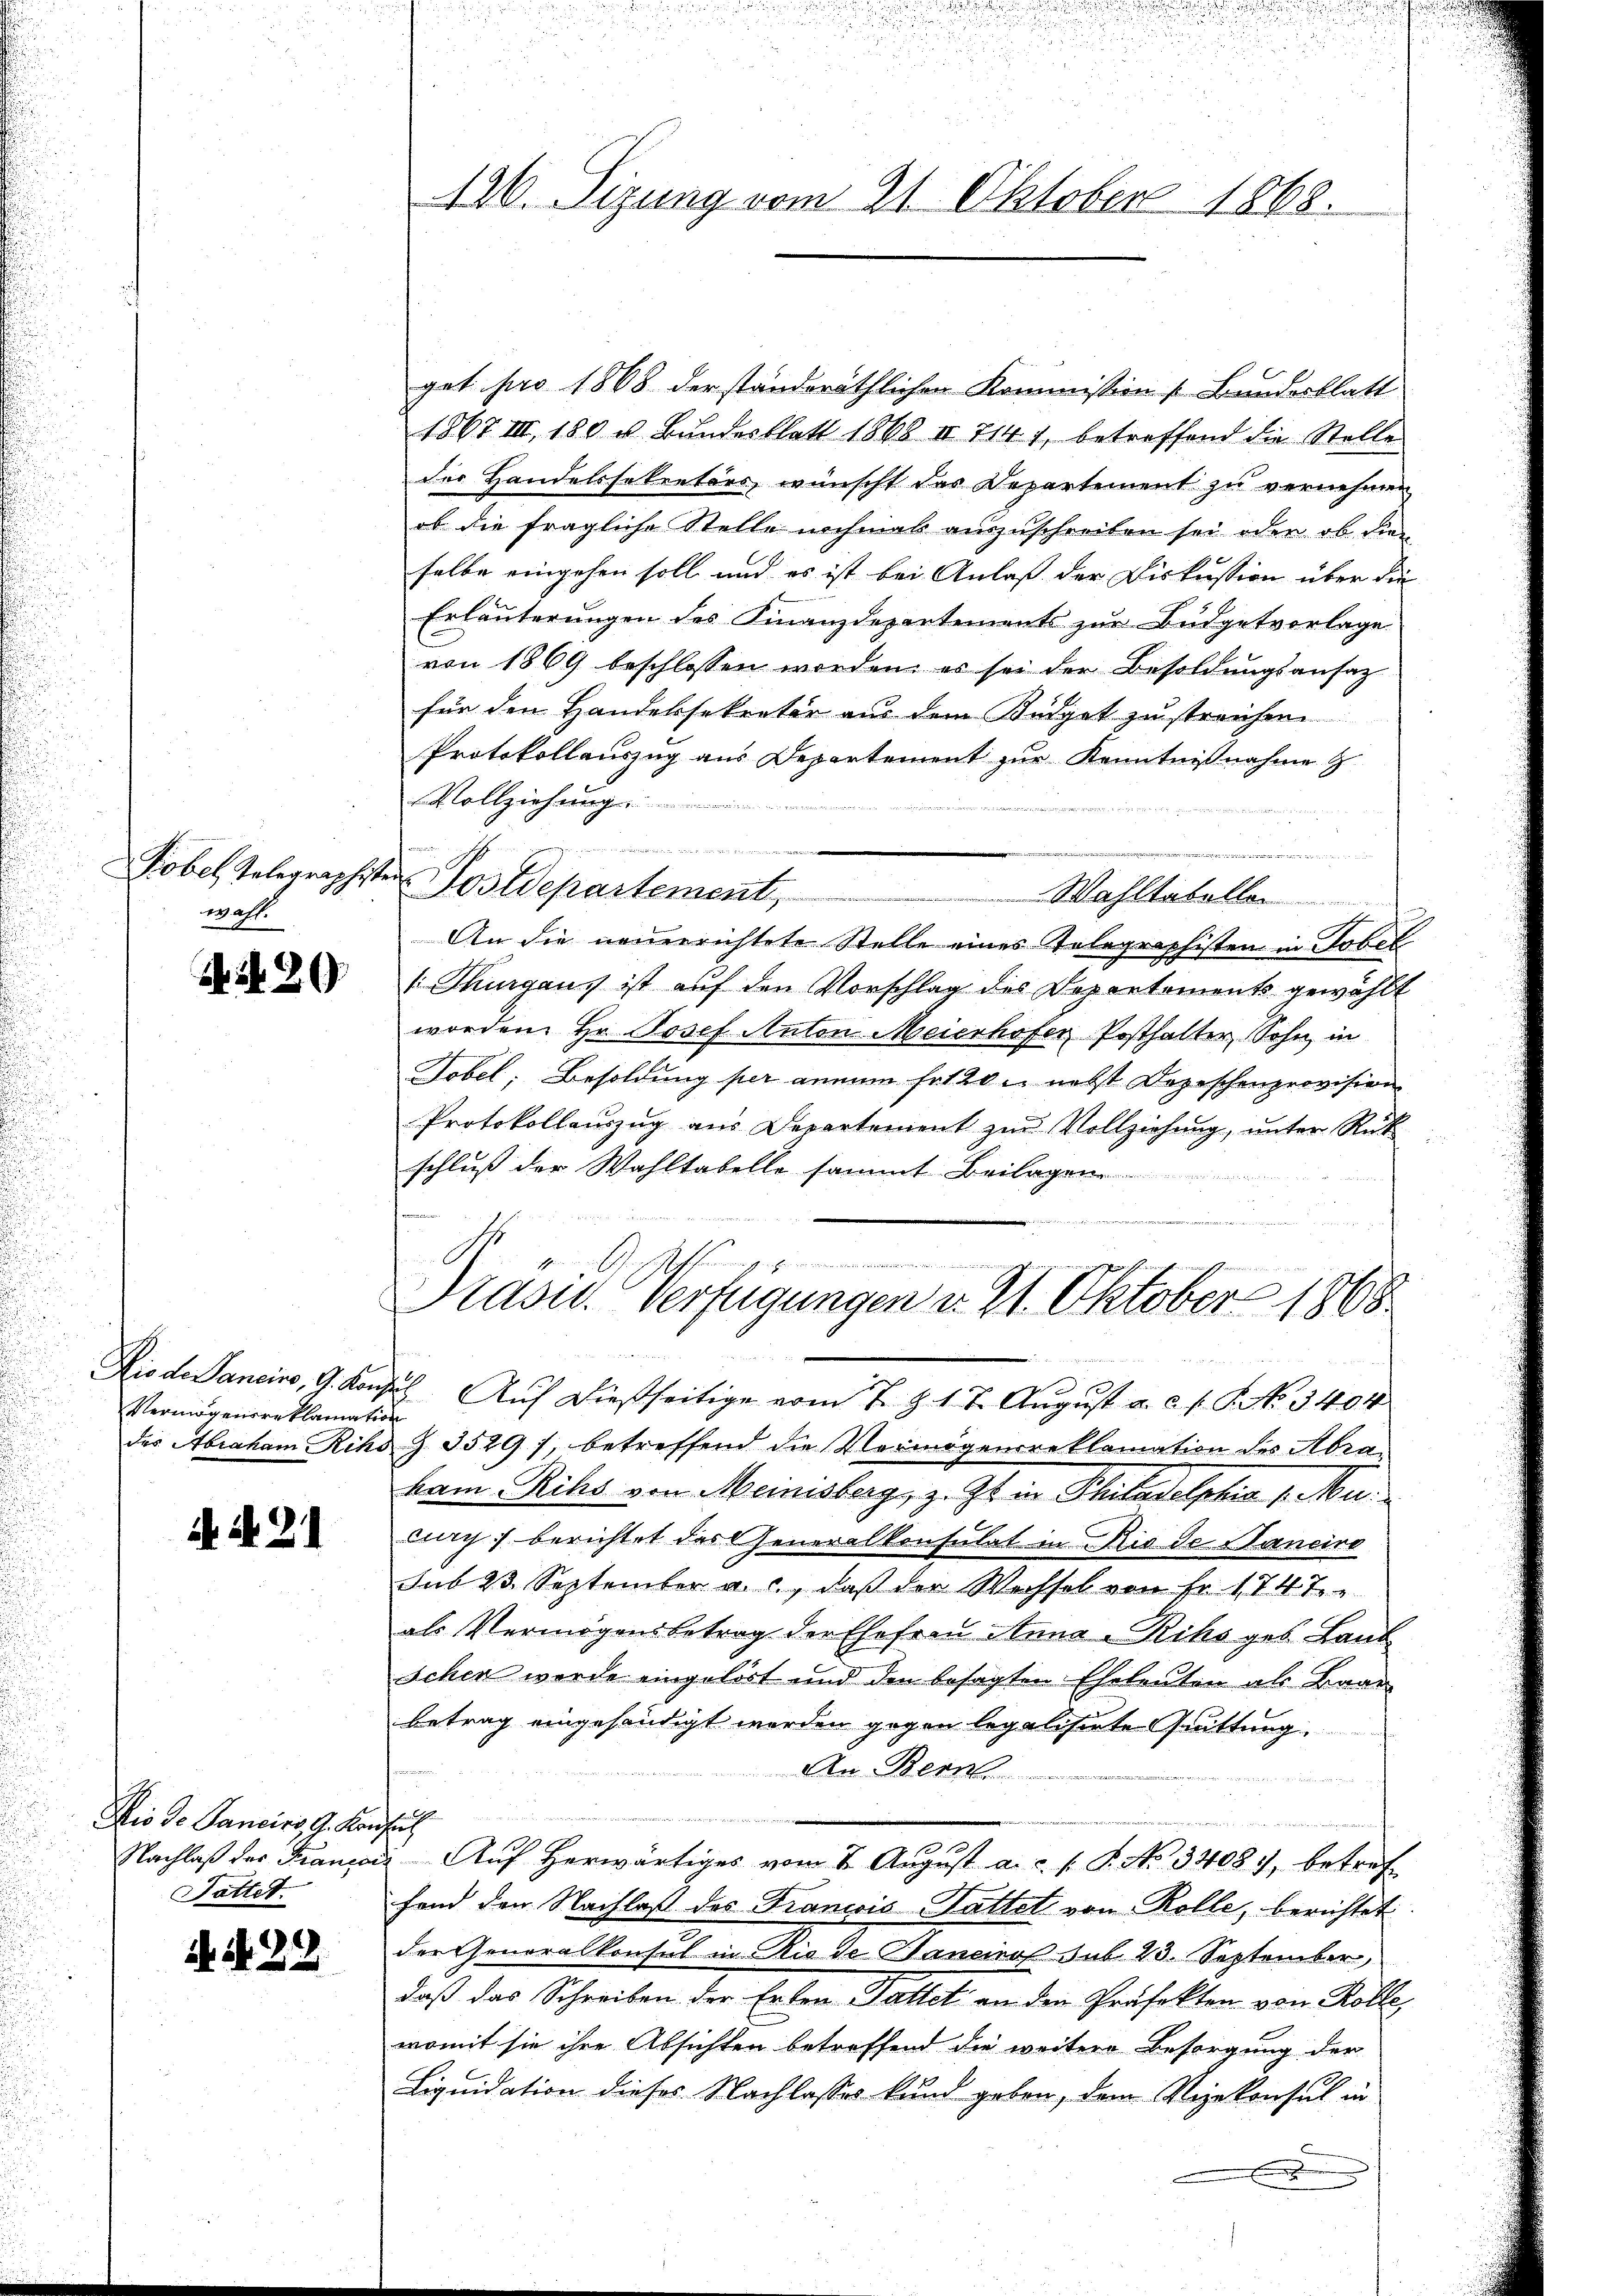
Tobel, Telegraphsten
wahl.

S. Nr. 20

Vermögensreklamation

i. d. 21

Dio de Panciers, A. Konsult
Tattet.

N 22

126. Sizung vom 21. Oktober 1868.

get pro 1868 der standsräthlichen Kommission Bundesblatt
1867 III, 180 u. Bundesblatt 1868 II 714 1, betreffend die Stelle
der Handelssekretärs, wünscht das Departement zu vernehmen
ob die fragliche Stelle nochmal auszuschreiben sei oder ob die
selbe eingehen soll und es ist bei Anlaß der Diskussion über die
Erläuterungen des Finanzdepartements zur Budgetvorlage
von 1869 beschlossen worden, es sei der Besoldungsansaz
für den Handelssekretär aus dem Büdget zu streichen.
Protokollauszug aus Departement zur Kenntnißnahme z
 Vollziehung ........

u
Postdepartement,
Wahltabellen
An die neuerrichtete Stelle eines Telegraphisten in Tobel
Thurgaus ist auf den Vorschlag des Departements gewählt
worden Hr. Josef Anton Meierhofer Posthalter, Sohn in
Tobel, Besoldung per annum hat 20 u. nebst Depeschenprovision
Protokollauszug aus Departement zur Vollziehung, unter Rück
schluß der Wahltabelle sammt Beilagen
d
Präsid. Verfügungen v. 21. Oktober 1868
s
Dio de Sancino, G. Konsul Auf dießseitige vom 7. J. 17. August a. c. f. No. 3404.
des Abraham Rihd Z. 3529), betreffend die Vermögensreklamation des Abrakam Rihs von Meinisberg, z. Zt. in Philadelphia v. Muweg; berichtet des Generalkonsulat in Rio de Sancire
sub 23 September a. c., daß der Wechsel von Fr. 174 T
als Vermögensbetrag der Ehefrau Anna - Riksges. Land
schen werde eingelöst und den besagten Eheleuten als Baar
betrag eingehändigt werden gegen legalisirte Quittung.
An Bern
u
n
Nachlaβ der Franzaig Auf herwärtiges vom 2. Aŭgust a. c. s. S. No 13408, betref
fand den Nachlaß des Francois Gattet von Rolle, berichtet.
der Generalkonsul in Rio de Banciros sub 23. September
daß das Schreiben der Erlen Gattet an den Präfekten von Rolle
womit sie ihre Absichten betreffend die weitere Besorgung der
Liquidation dieses Nachlasses kund geben, dem Vizekonsul in
E